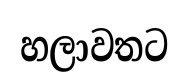
හලාවතට